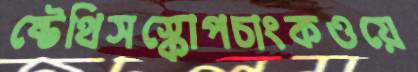
ষ্টেথিসস্কোপচাংকওয়ে